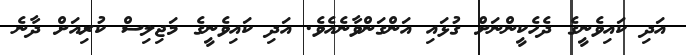
އަދި ކައިވެނީގެ ދެހެކީންނަށް ގުޅައި އަންގަންވާނެއެވެ. އަދި ކައިވެނީގެ މަޖިލިސް ކުރިއަށް ދާނެ